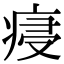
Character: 㾛